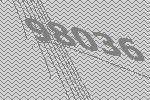
98036